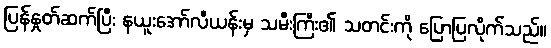
ပြန်နှုတ်ဆက်ပြီး နယူးအော်လီယန်းမှ သမီးကြီး၏ သတင်းကို ပြောပြလိုက်သည်။